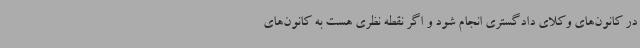
در کانون‌های وکلای دادگستری انجام شود و اگر نقطه نظری هست به کانون‌های